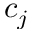
c _ { j }